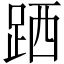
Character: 跴